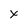
Character: x